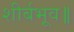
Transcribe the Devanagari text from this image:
शीर्बभूव॥